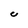
Character: C